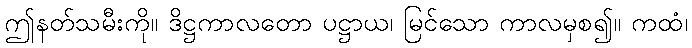
ဤနတ်သမီးကို။ ဒိဋ္ဌကာလတော ပဋ္ဌာယ၊ မြင်သော ကာလမှစ၍။ ကထံ၊